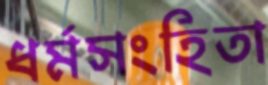
ধর্মসংহিতা